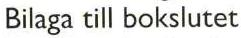
Bilaga till bokslutet